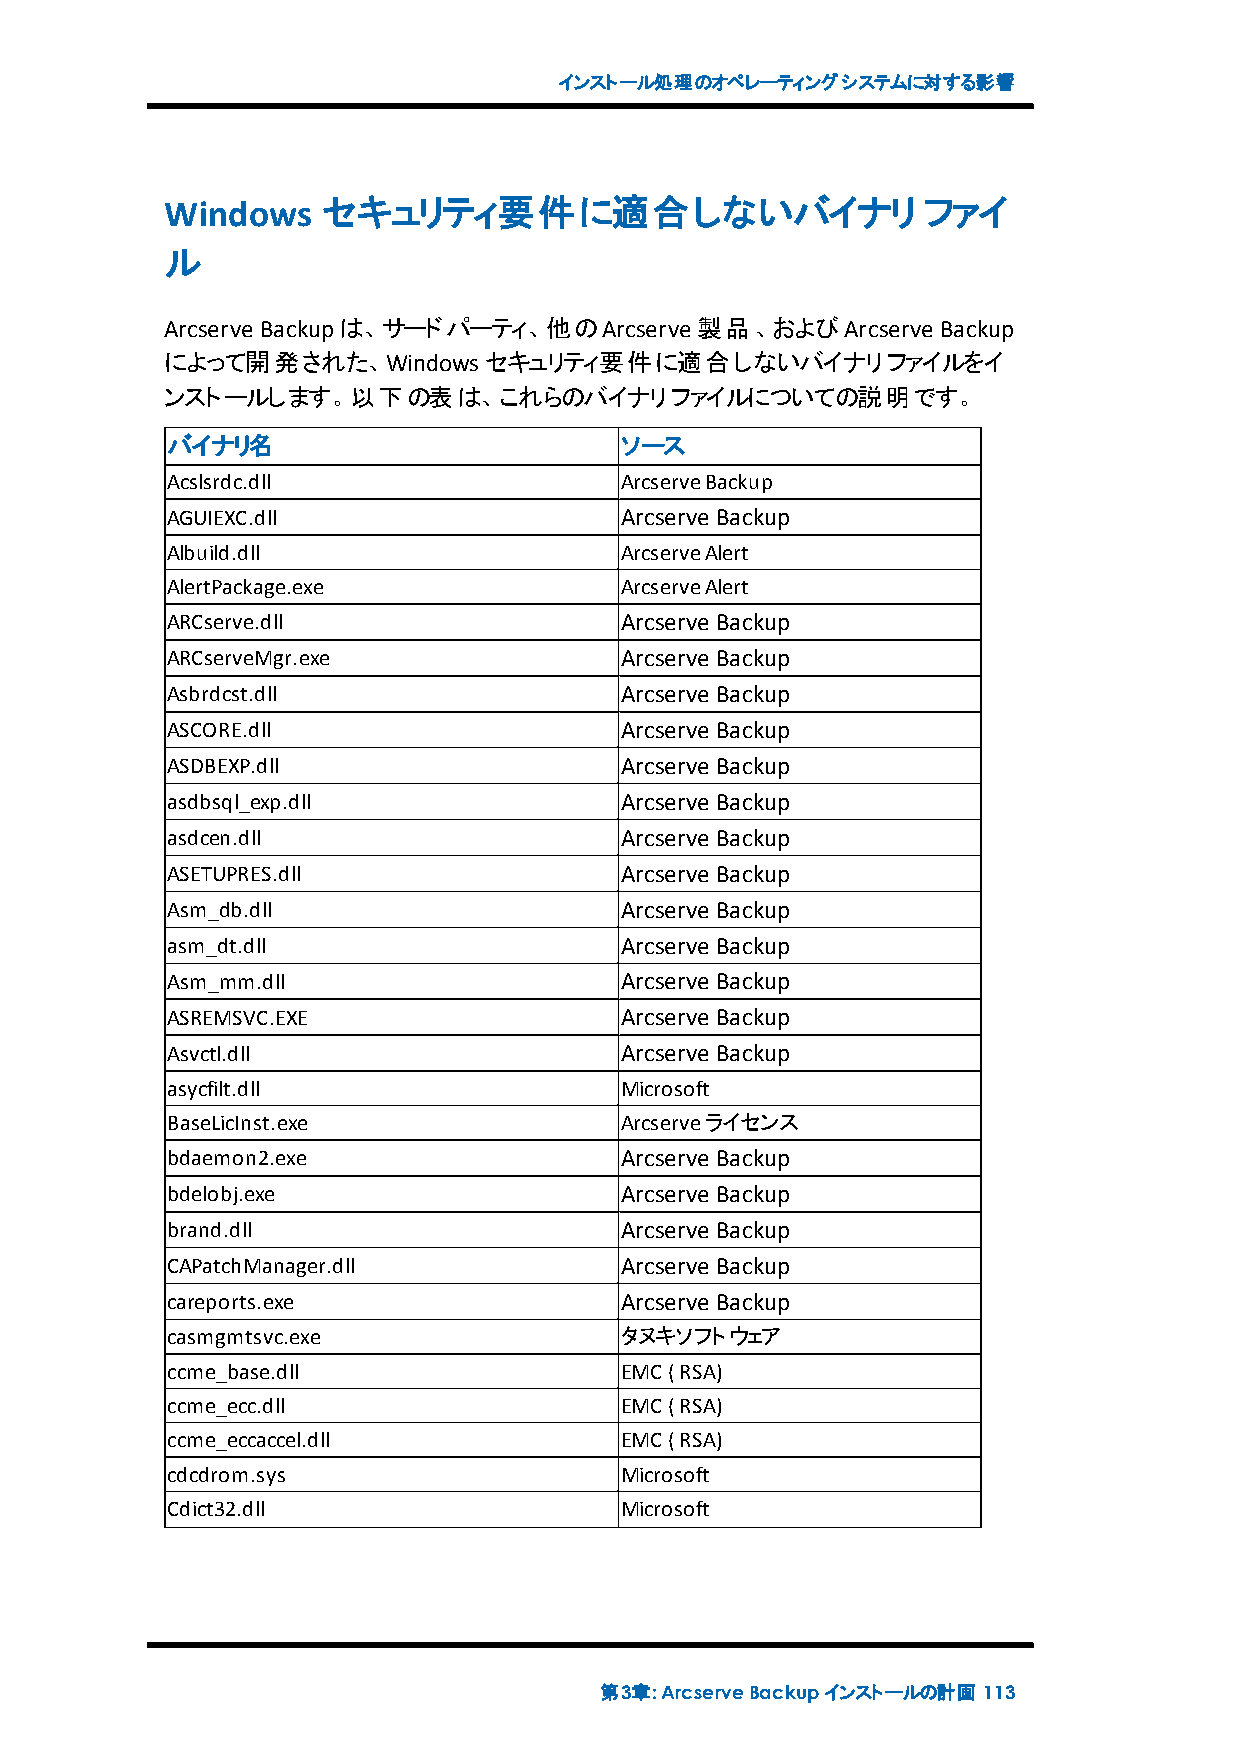
インストール処理のオペレーティングシステムに対する影響
 Windows   セキュリティ要件に適合しないバイナリ                      ファイ
 ル
 Arcserve Backupは、サードパーティ、他のArcserve 製品、およびArcserve Backup
 によって開発された、Windowsセキュリティ要件に適合しないバイナリファイルをイ
 ンストールします。以下の表は、これらのバイナリファイルについての説明です。
 バイナリ名                         ソース
 Acslsrdc.dll                  ArcserveBackup
 AGUIEXC.dll                   Arcserve Backup
 Albuild.dll                   ArcserveAlert
 AlertPackage.exe              ArcserveAlert
 ARCserve.dll                  Arcserve Backup
 ARCserveMgr.exe               Arcserve Backup
 Asbrdcst.dll                  Arcserve Backup
 ASCORE.dll                    Arcserve Backup
 ASDBEXP.dll                   Arcserve Backup
 asdbsql_exp.dll               Arcserve Backup
 asdcen.dll                    Arcserve Backup
 ASETUPRES.dll                 Arcserve Backup
 Asm_db.dll                    Arcserve Backup
 asm_dt.dll                    Arcserve Backup
 Asm_mm.dll                    Arcserve Backup
 ASREMSVC.EXE                  Arcserve Backup
 Asvctl.dll                    Arcserve Backup
 asycfilt.dll                  Microsoft
 BaseLicInst.exe               Arcserveライセンス
 bdaemon2.exe                  Arcserve Backup
 bdelobj.exe                   Arcserve Backup
 brand.dll                     Arcserve Backup
 CAPatchManager.dll            Arcserve Backup
 careports.exe                 Arcserve Backup
 casmgmtsvc.exe                タヌキソフトウェア
 ccme_base.dll                 EMC(RSA)
 ccme_ecc.dll                  EMC(RSA)
 ccme_eccaccel.dll             EMC(RSA)
 cdcdrom.sys                   Microsoft
 Cdict32.dll                   Microsoft
 第3章:ArcserveBackupインストールの計画 113